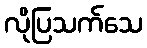
လိုပြသက်သေ